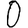
Digit: 0